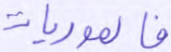
فالموريات